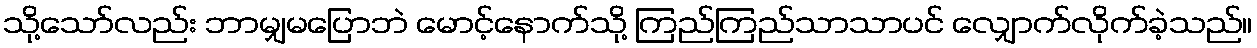
သို့သော်လည်း ဘာမျှမပြောဘဲ မောင့်နောက်သို့ ကြည်ကြည်သာသာပင် လျှောက်လိုက်ခဲ့သည်။